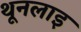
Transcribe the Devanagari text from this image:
थूनलाइ